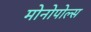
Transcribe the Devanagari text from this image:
मोनोपोल्स